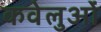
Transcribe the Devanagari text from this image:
कवेलुओं